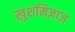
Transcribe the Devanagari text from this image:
ख़ुशमिज़ाज